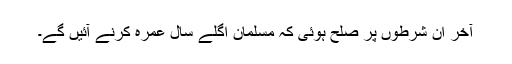
آخر ان شرطوں پر صلح ہوئی کہ مسلمان اگلے سال عمرہ کرنے آئیں گے۔